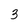
Character: 3